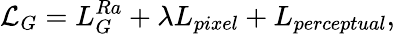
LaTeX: \mathcal{L}_{G}=L_{G}^{Ra}+\lambda L_{pixel}+L_{perceptual},